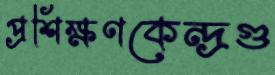
প্রশিক্ষণকেন্দ্রগু